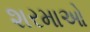
શરમાઓ